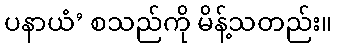
ပနာယံ’ စသည်ကို မိန့်သတည်း။